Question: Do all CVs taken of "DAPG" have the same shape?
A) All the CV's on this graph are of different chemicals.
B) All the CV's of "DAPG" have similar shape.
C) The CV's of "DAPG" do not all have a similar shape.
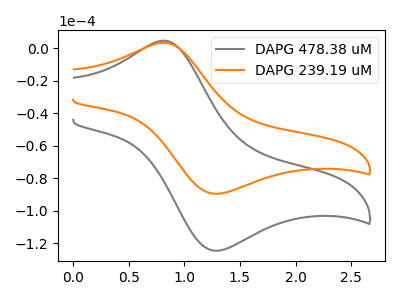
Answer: <think>The gray curve "DAPG 478.38 uM" has an anodic peak at (0.80V, 4.60uA) and a cathodic peak at (1.30V, -124.60uA). The orange curve "DAPG 239.19 uM" has an anodic peak at (0.80V, 3.30uA) and a cathodic peak at (1.30V, -89.55uA).
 All the peaks in "DAPG 478.38 uM" have a peak in "DAPG 239.19 uM" at the same potential. Every peak in "DAPG 478.38 uM" is higher than every peak in "DAPG 239.19 uM".</think>
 <answer>B) All the CV's of "DAPG" have similar shape.</answer>
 <eval>B</eval>